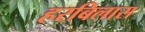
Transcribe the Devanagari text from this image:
हरबिलास